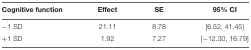
| Cognitive function | Effect | SE | 95% CI |
 | --- | --- | --- | --- |
 | -1 SD | 21.11 | 8.78 | [6.52, 41.45] |
 | +1 SD | 1.92 | 7.27 | [-12.30, 16.79] |